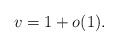
LaTeX: \begin{align*}v = 1 + o (1).\end{align*}